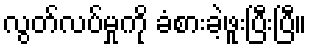
လွတ်လပ်မှုကို ခံစားခဲ့ဖူးပြီးပြီ။